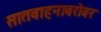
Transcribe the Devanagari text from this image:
सातवाहनाबरोबर